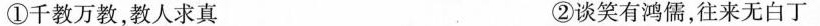
①千教万教，教人求真 ②谈笑有鸿儒，往来无白丁